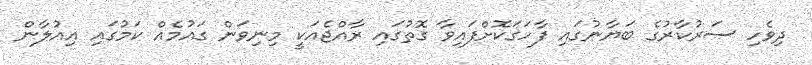
ދިވެހި ސަރުކާރުގެ ބަޔާނުގައި ފާހަގަކޮށްފައިވާ ގޮތުގައި ރާއްޖެއަކީ މިނިވަން ގައުމެއް ކަމުގައި އިއުލާން